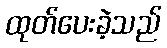
ထုတ်ပေးခဲ့သည်